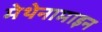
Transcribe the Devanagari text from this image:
मेथेनामाइन